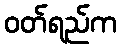
ဝတ်ရည်က